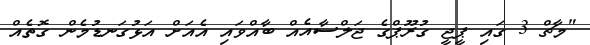
"މާޗް 3 ގައި ޕީޖީ ގުރޫޕްގެ ޖަލްސާއެއް ބާއްވައި އެއަށް އަޅުގަނޑުމެން ގޮތެއް